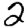
Digit: 2